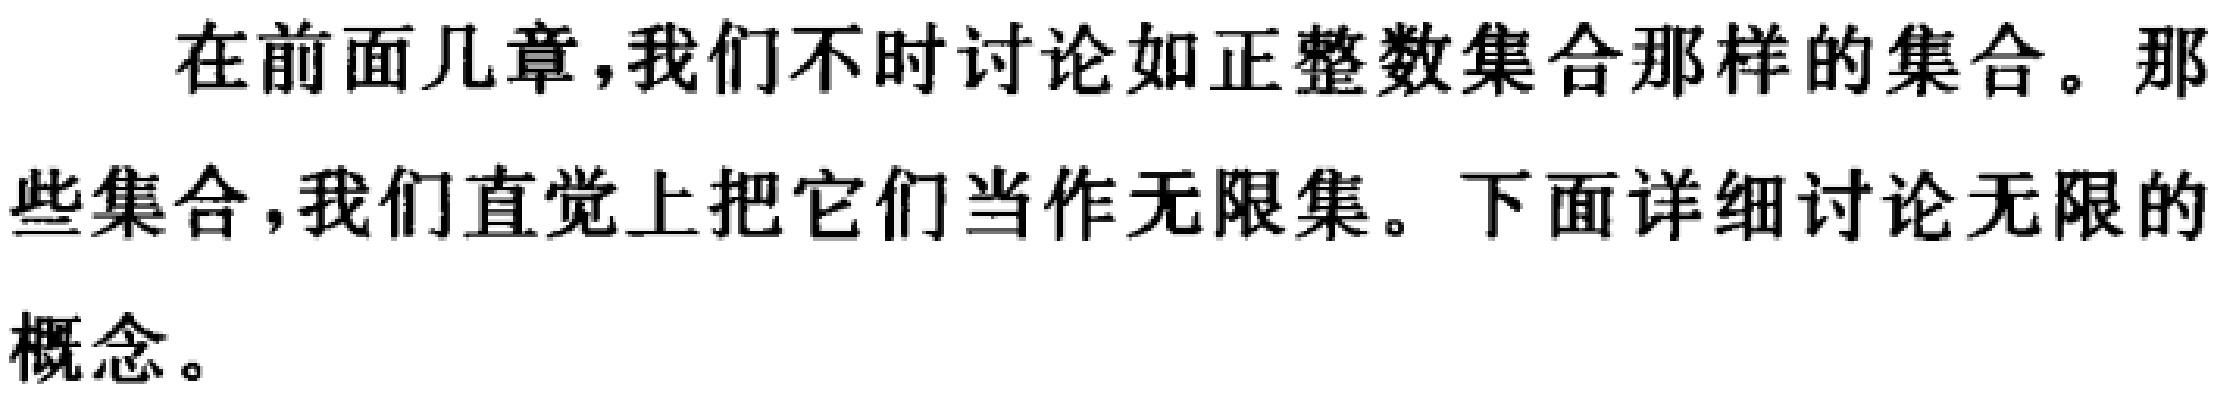
在前面几章，我们不时讨论如正整数集合那样的集合。那些集合，我们直觉上把它们当作无限集。下面详细讨论无限的概念。